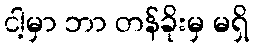
ငါ့မှာ ဘာ တန်ခိုးမှ မရှိ